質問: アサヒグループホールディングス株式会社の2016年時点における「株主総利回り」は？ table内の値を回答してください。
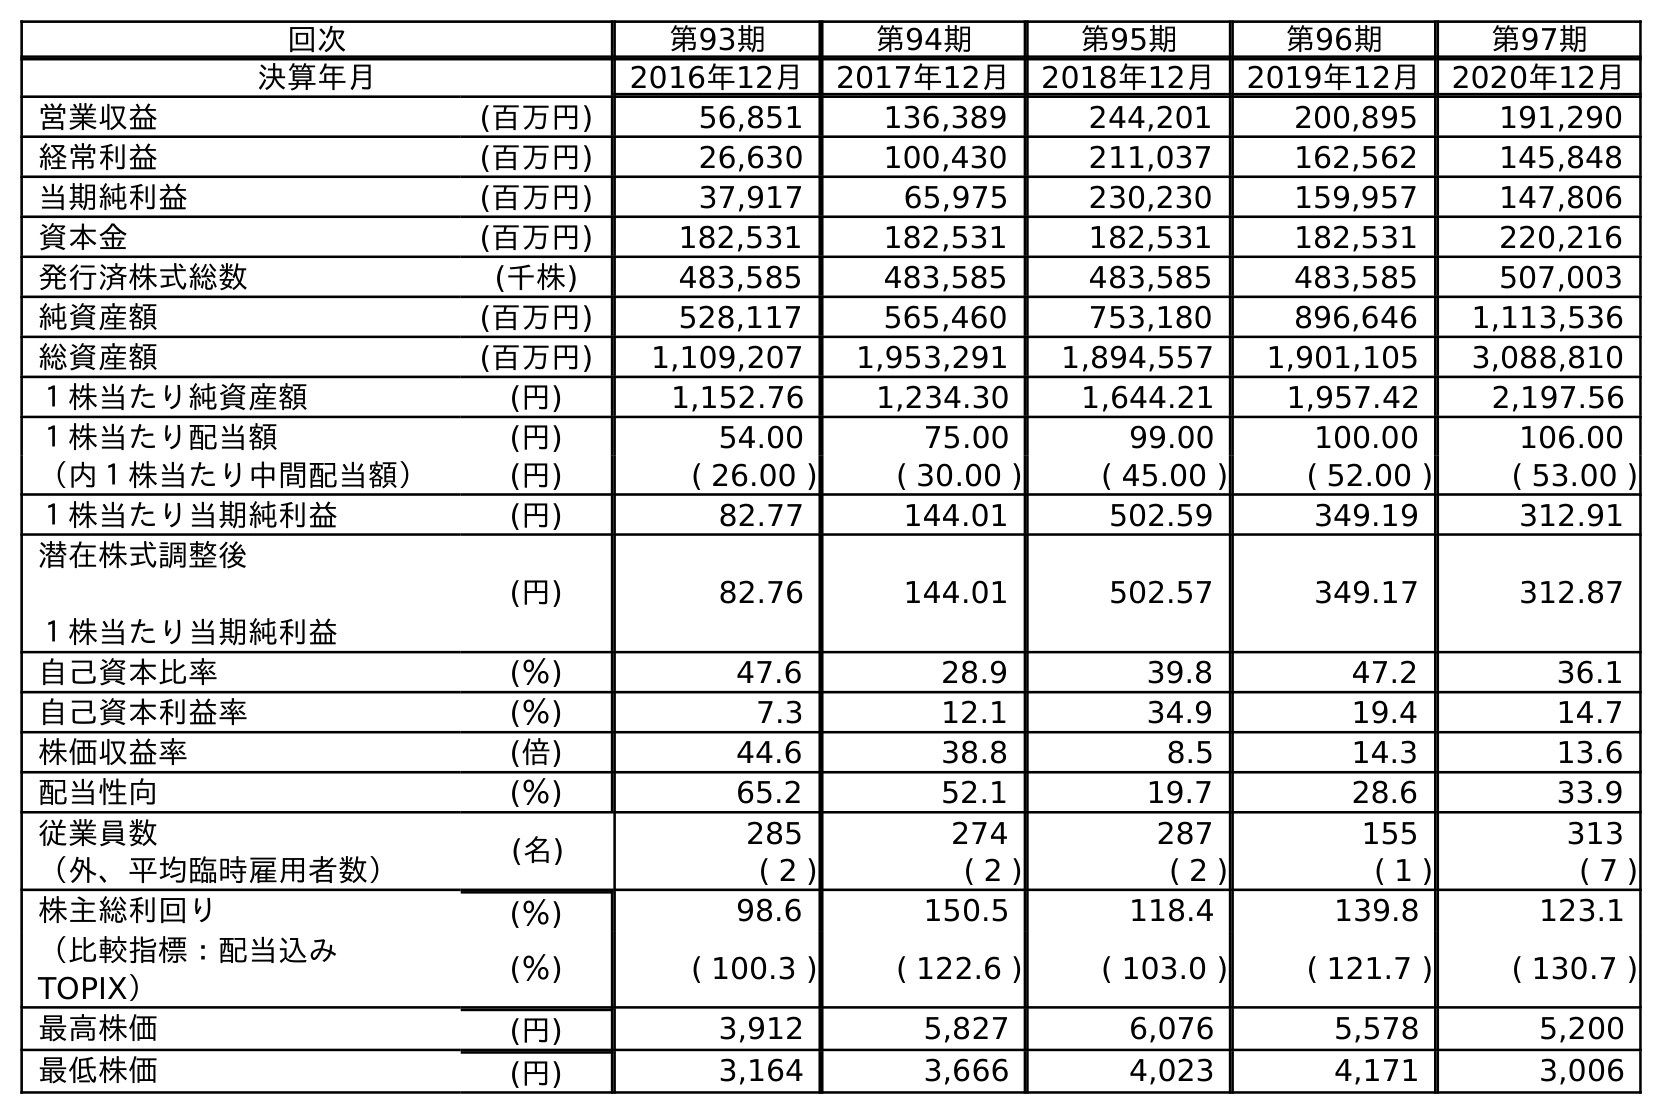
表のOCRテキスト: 回次 第93期 第94期 第95期 第96期 第97期 決算年月 2016年12月 2017年12月 2018年12月 2019年12月 2020年12月 営業収益 (百万円) 56,851 136,389 244,201 200,895 191,290 経常利益 (百万円) 26,630 100,430 211,037 162,562 145,848 当期純利益 (百万円) 37,917 65,975 230,230 159,957 147,806 資本金 (百万円) 182,531 182,531 182,531 182,531 220,216 発行済株式総数 (千株) 483,585 483,585 483,585 483,585 507,003 純資産額 (百万円) 528,117 565,460 753,180 896,646 1,113,536 総資産額 (百万円) 1,109,207 1,953,291 1,894,557 1,901,105 3,088,810 １株当たり純資産額 (円) 1,152.76 1,234.30 1,644.21 1,957.42 2,197.56 １株当たり配当額 (円) 54.00 75.00 99.00 100.00 106.00 （内１株当たり中間配当額） (円) ( 26.00 ) ( 30.00 ) ( 45.00 ) ( 52.00 ) ( 53.00 ) １株当たり当期純利益 (円) 82.77 144.01 502.59 349.19 312.91 潜在株式調整後 １株当たり当期純利益 (円) 82.76 144.01 502.57 349.17 312.87 自己資本比率 (％) 47.6 28.9 39.8 47.2 36.1 自己資本利益率 (％) 7.3 12.1 34.9 19.4 14.7 株価収益率 (倍) 44.6 38.8 8.5 14.3 13.6 配当性向 (％) 65.2 52.1 19.7 28.6 33.9 従業員数 (名) 285 274 287 155 313 （外、平均臨時雇用者数） ( 2 ) ( 2 ) ( 2 ) ( 1 ) ( 7 ) 株主総利回り (％) 98.6 150.5 118.4 139.8 123.1 （比較指標：配当込み TOPIX） (％) ( 100.3 ) ( 122.6 ) ( 103.0 ) ( 121.7 ) ( 130.7 ) 最高株価 (円) 3,912 5,827 6,076 5,578 5,200 最低株価 (円) 3,164 3,666 4,023 4,171 3,006
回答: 98.6